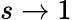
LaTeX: s\rightarrow 1